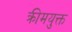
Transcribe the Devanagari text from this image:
क्रीमयुक्त